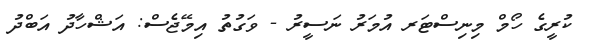
ކުރީގެ ހޯމް މިނިސްޓަރ އުމަރު ނަސީރު - ވަގުތު އިމޭޖެސް: އަޝްހާދު އަބްދު